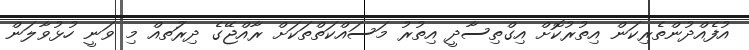
އުފެއްދުންތެރިކަން އިތުރުކޮށް އިގްތިސާދީ އިތުރު މަސައްކަތްތަކަށް ރާއްޖޭގެ ދިރުަތއް މި ވަނީ ހުޅުވާލަން